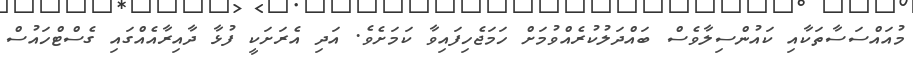
މުއައްސަސާތަކާއި ކައުންސިލާވެސް ބައްދަލުކުރެއްވުމަށް ހަމަޖެހިފައިވާ ކަމަށެވެ. އަދި އެރަށަކީ ފުޅާ ދާއިރާއެއްގައި ގެސްޓްހައުސް